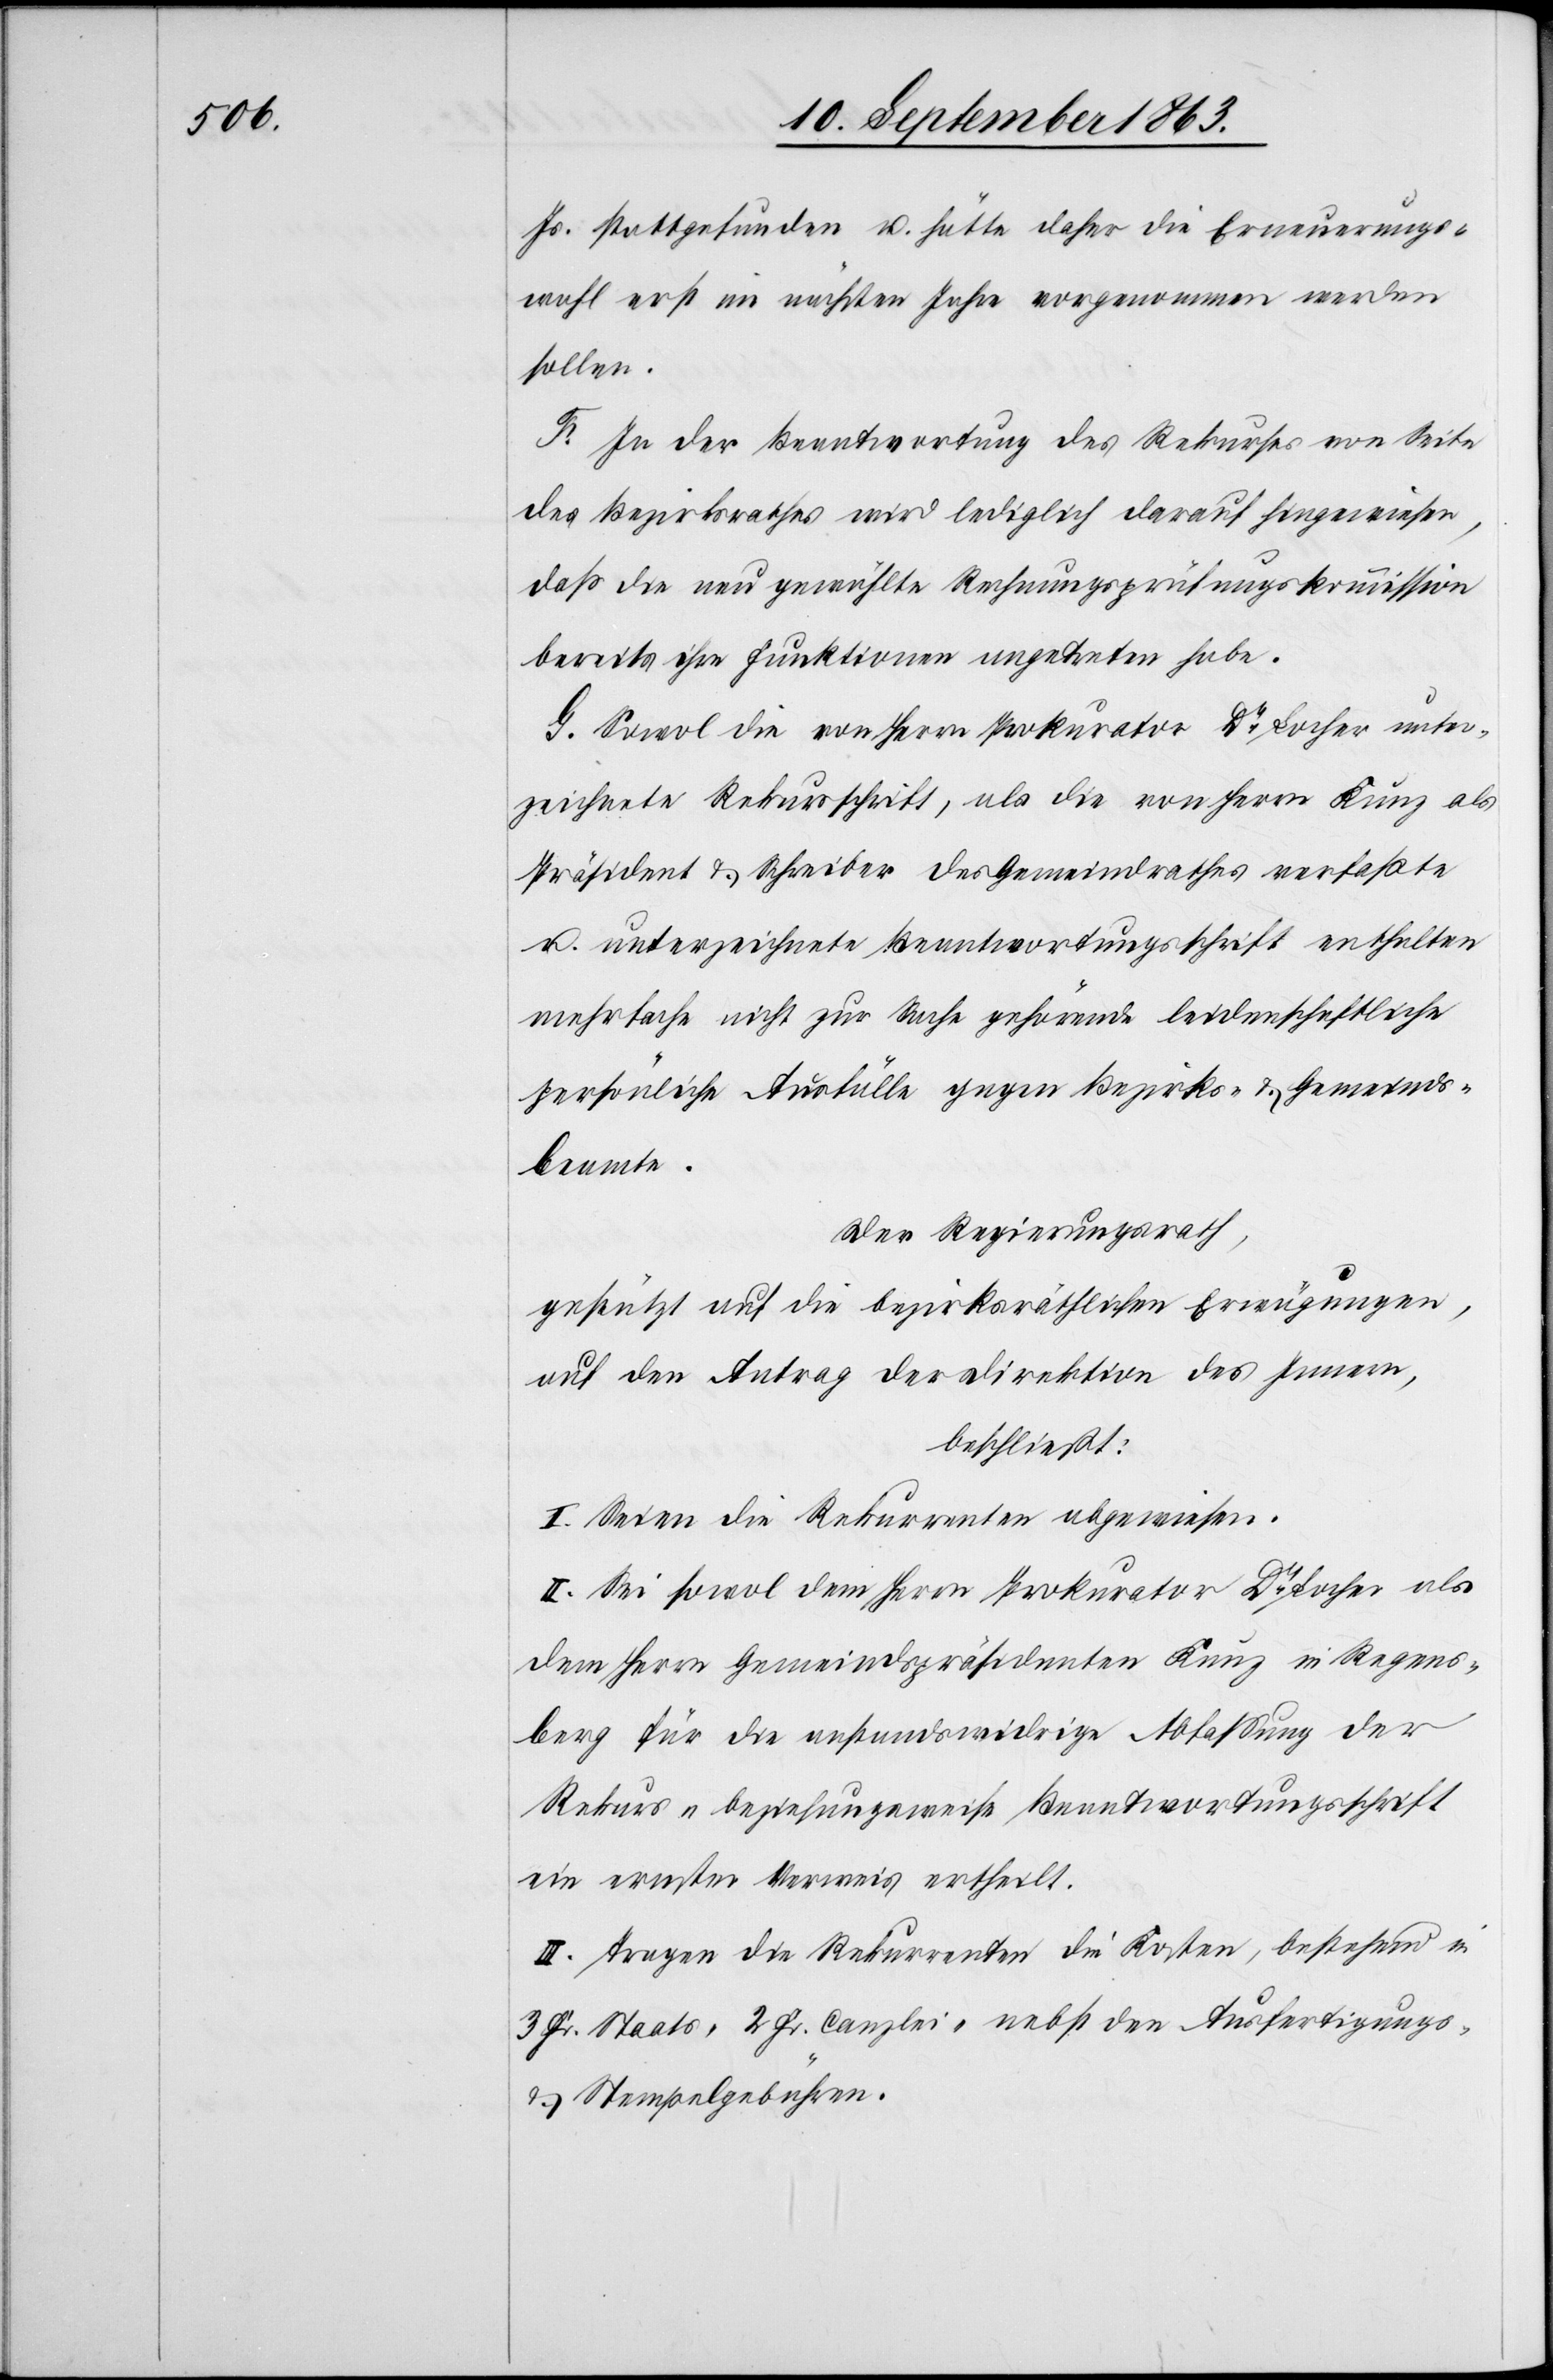
Js. stattgefunden u. hätte daher die Erneuerungs¬
wahl erst im nächsten Jahre vorgenommen werden
sollen.
F. In der Beantwortung des Rekurses von Seite
des Bezirksrathes wird lediglich darauf hingewiesen,
daß die neu gewählte Rechnungsprüfungskommission
bereits ihre Funktionen angetreten habe.
G. Sowol die von Herrn Prokurator Dr Locher unter¬
zeichnete Rekursschrift, als die von Herrn Kunz als
Präsident & Schreiber des Gemeindrathes verfaßte
u. unterzeichnete Beantwortungsschrift enthalten
mehrfache nicht zur Sache gehörende leidenschaftliche
persönliche Ausfälle gegen Bezirks- & Gemeinds¬
beamte.
Der Regierungsrath,
gestützt auf die bezirksräthlichen Erwägungen,
auf den Antrag der Direktion des Innern,
beschließt:
I. Seien die Rekurrenten abgewiesen.
II. Sei sowol dem Herrn Prokurator Dr Locher als
dem Herrn Gemeindspräsidenten Kunz in Regens¬
berg für die anstandswidrige Abfaßung der
Rekurs- beziehungsweise Beantwortungsschrift
ein ernster Verweis ertheilt.
III. Tragen die Rekurrenten die Kosten, bestehend in
3 Fr. Staats-[,] 2 Fr. Canzlei- nebst den Ausfertigungs-
& Stempelgebühren.